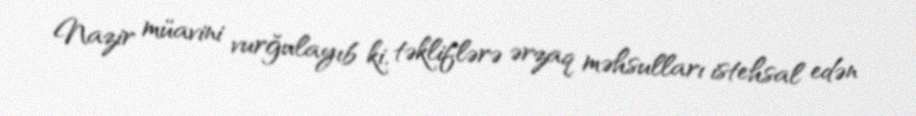
Nazir müavini vurğulayıb ki, təkliflərə ərzaq məhsulları istehsal edən